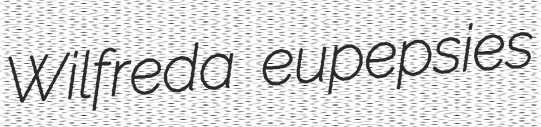
Wilfreda eupepsies